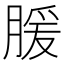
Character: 䐘